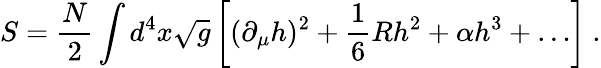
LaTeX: S={\frac{N}{2}}\int d^{4}x\sqrt g\left[(\partial_{\mu}h)^{2}+{\frac{1}{6}}Rh^{2}+\alpha h^{3}+\ldots\right]\ .